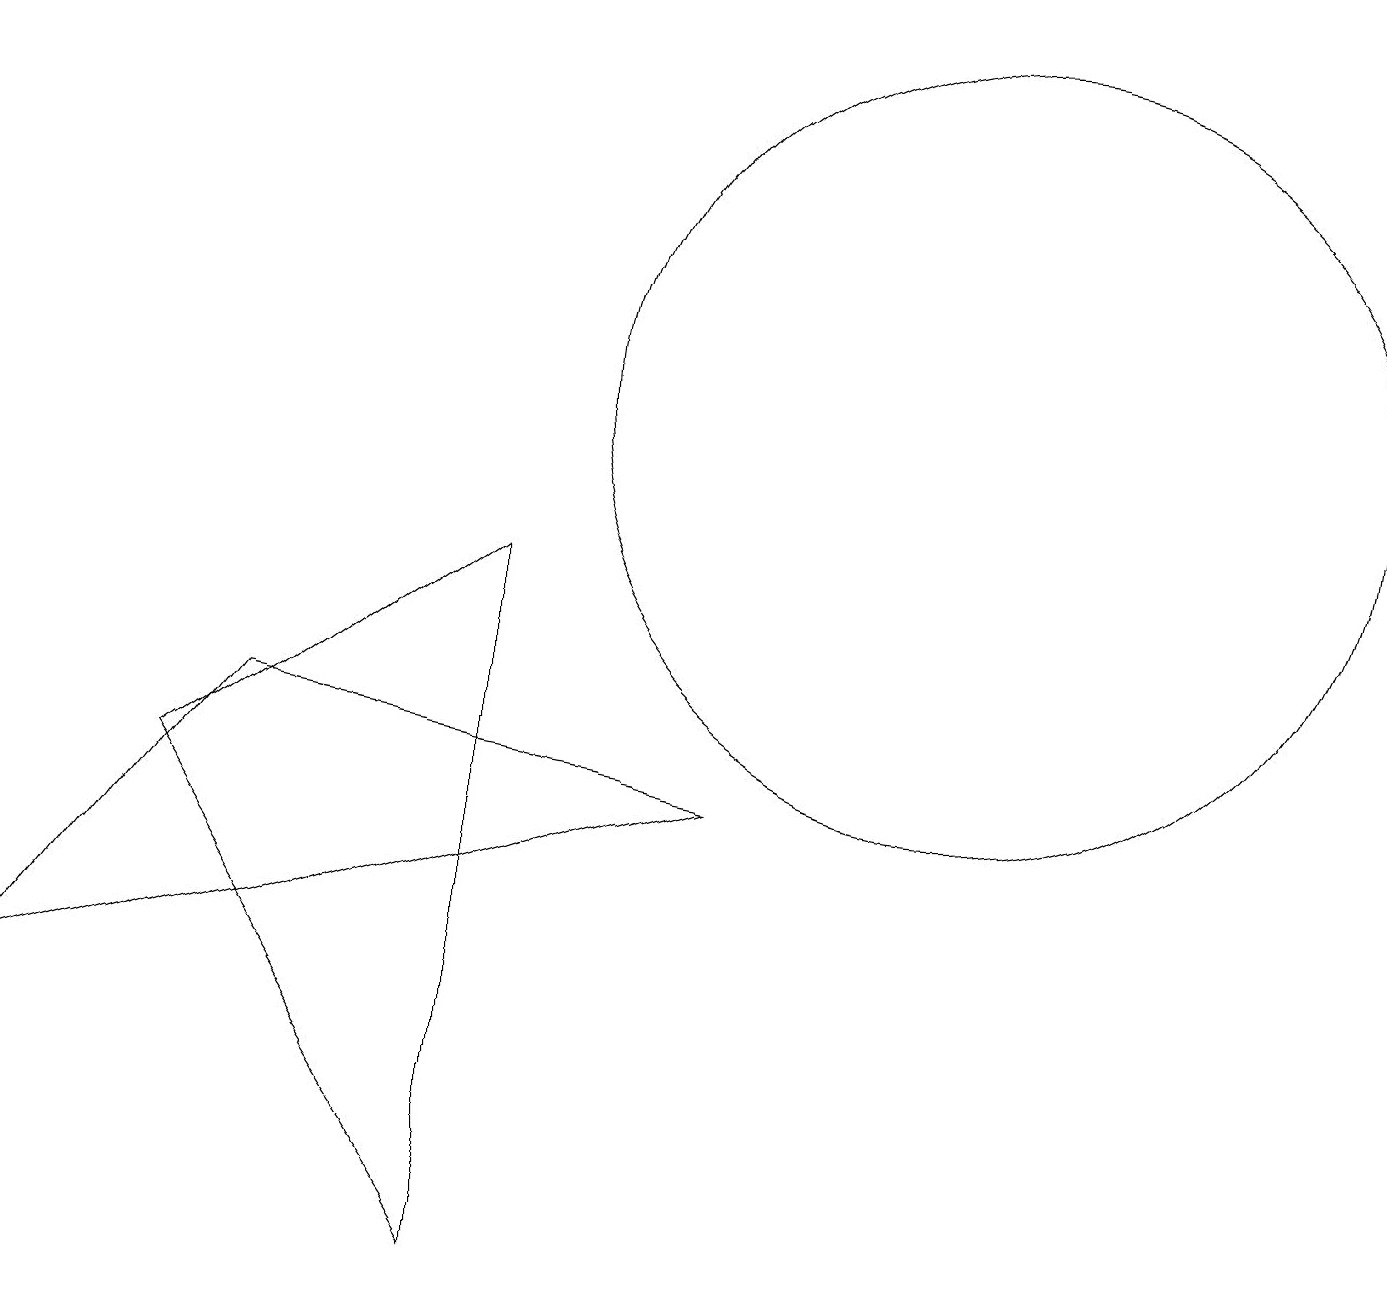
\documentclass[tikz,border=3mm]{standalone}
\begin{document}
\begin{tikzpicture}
\draw (12,11) circle (5);
\draw (6,0) -- (6,9) -- (2,6) -- cycle;
\draw (3,7) -- (9,6) -- (0,3) -- cycle;
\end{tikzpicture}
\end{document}